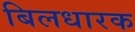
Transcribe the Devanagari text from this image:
बिलधारक